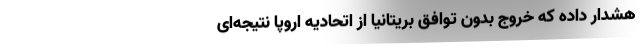
هشدار داده که خروج بدون توافق بریتانیا از اتحادیه اروپا نتیجه‌ای